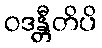
ဝဒန္တီတိပိ